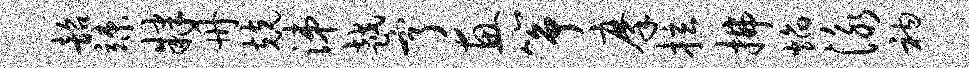
韶竦肄册兢涕越亨惠筝摩拉拂焰泳衲